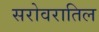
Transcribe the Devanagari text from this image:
सरोवरातिल